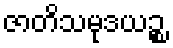
ဇာတိသမုဒယဉ္စ